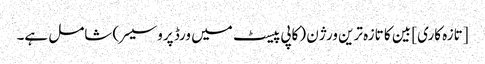
[تازہ کاری] بین کا تازہ ترین ورژن (کاپی پیسٹ میں ورڈ پروسیسر) شامل ہے۔